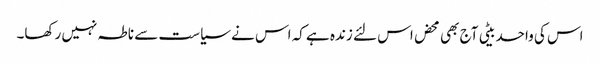
اس کی واحد بیٹی آج بھی محض اس لئے زندہ ہے کہ اس نے سیاست سے ناطہ نہیں رکھا۔